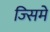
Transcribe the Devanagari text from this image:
ज्सिमे